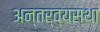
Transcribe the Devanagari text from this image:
अन्तर्व्यस्था